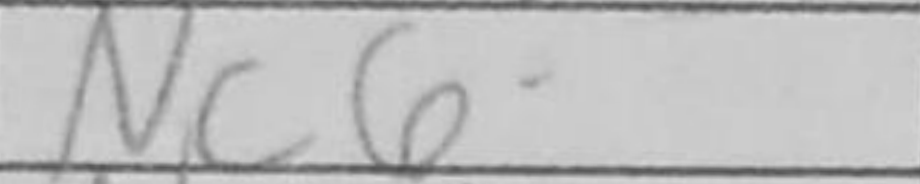
Transcription: Nc6